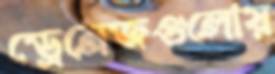
ড্রেনেজগুলোয়